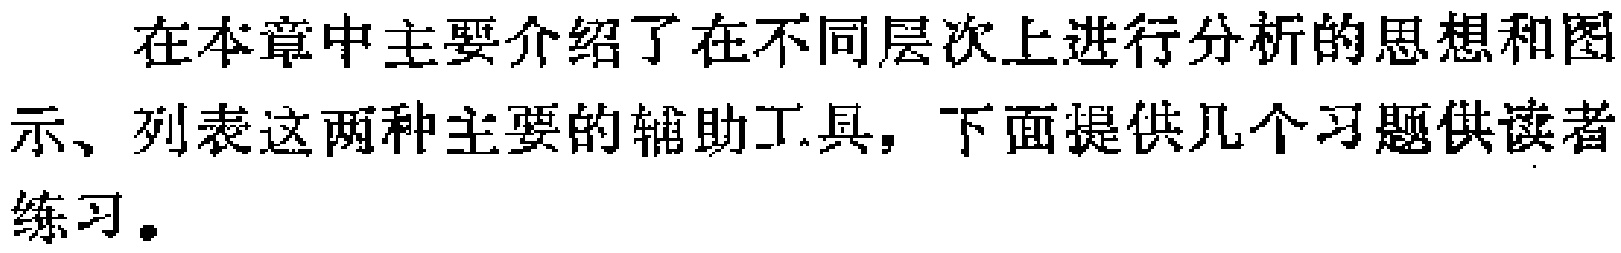
在本章中主要介绍了在不同层次上进行分析的思想和图示、列表这两种主要的辅助工具，下面提供几个习题供读者练习。